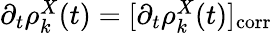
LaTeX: \begin{array}{r}{\partial_{t}\rho_{k}^{X}(t)=[\partial_{t}\rho_{k}^{X}(t)]_{\mathrm{corr}}}\end{array}